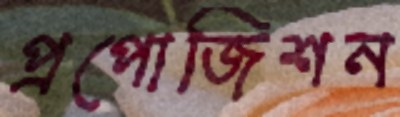
প্রপোজিশন